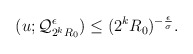
\begin{align*} \begin{aligned} (u;\mathcal{Q}_{2^kR_0}^{\epsilon})\leq (2^k R_0)^{-\frac{\epsilon}{\sigma}}. \end{aligned} \end{align*}